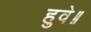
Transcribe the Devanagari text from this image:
हुवे॥